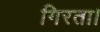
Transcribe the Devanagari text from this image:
गिरता।